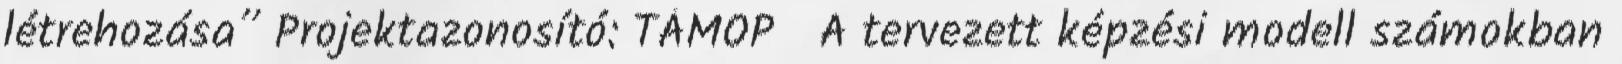
létrehozása” Projektazonosító: TÁMOP A tervezett képzési modell számokban